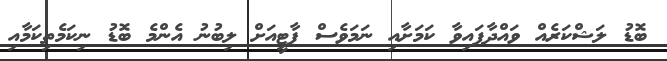
ބޮޑު ލަޝްކަރެއް ވައްދާފައިވާ ކަމަށާއި ނަމަވެސް ޕާޓީއަށް ލިބުނު އެންމެ ބޮޑު ނިކަމެތިކަމާއި